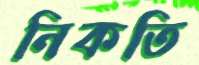
নিকতি